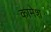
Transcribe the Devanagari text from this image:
कामेश